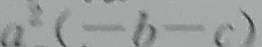
a ^ { 2 } ( - b - c )